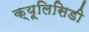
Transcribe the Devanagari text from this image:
क्यूलिसिडी